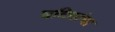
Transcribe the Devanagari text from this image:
घटितांचा